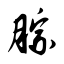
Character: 腙